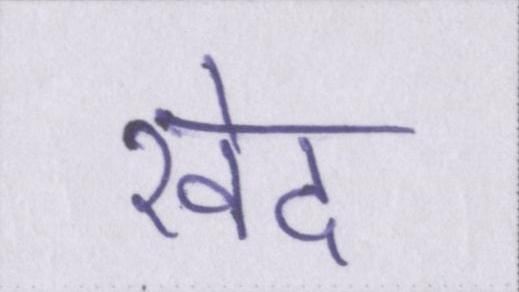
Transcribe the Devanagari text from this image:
खेद